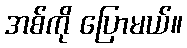
အစ်ကို ပြောမယ်။